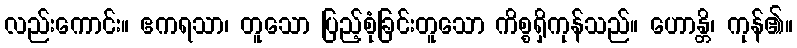
လည်းကောင်း။ ဧကရသာ၊ တူသော ပြည့်စုံခြင်းတူသော ကိစ္စရှိကုန်သည်။ ဟောန္တိ၊ ကုန်၏။